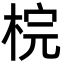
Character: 梡